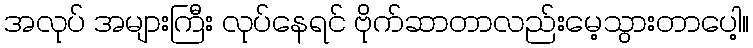
အလုပ် အများကြီး လုပ်နေရင် ဗိုက်ဆာတာလည်းမေ့သွားတာပေါ့။